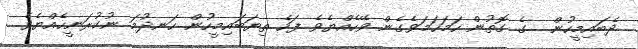
ދެބައިމީހުން  ގެ ގޮތުން ހަމަހަމަވެގެން ވޭހެއްޔެވެ ފަހެ ތިޔަބައިމީހުން ހަނދުމަ ނުކުރަނީހެއްޔެވެ